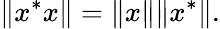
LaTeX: \| x^{*}x\| =\| x\| \| x^{*}\| .